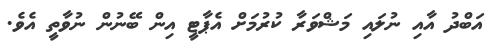
އަބްދު އާއި ނުލައި މަޝްވަރާ ކުރުމަށް އެޕާޓީ އިން ބޭނުން ނުވާތީ އެވެ.